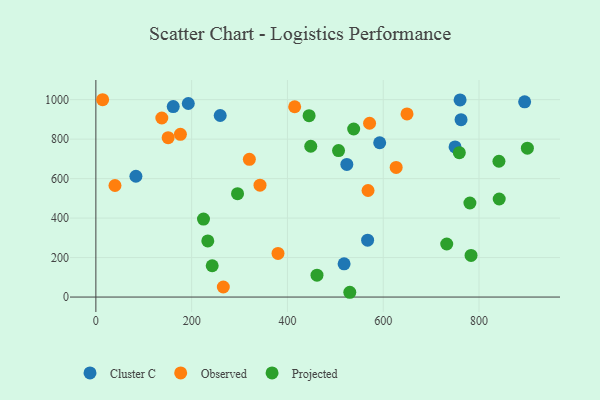
{"axis": {"x": "Ad Spend", "y": "Sales"}, "legend": ["Cluster C", "Observed", "Projected"], "data": [{"x": "259.6", "y": 919.6, "type": "Cluster C"}, {"x": "161.5", "y": 965.1, "type": "Cluster C"}, {"x": "518.3", "y": 168.5, "type": "Cluster C"}, {"x": "760.5", "y": 998.4, "type": "Cluster C"}, {"x": "592.6", "y": 781.7, "type": "Cluster C"}, {"x": "567.4", "y": 288.0, "type": "Cluster C"}, {"x": "193.0", "y": 980.4, "type": "Cluster C"}, {"x": "762.5", "y": 898.5, "type": "Cluster C"}, {"x": "524.0", "y": 672.0, "type": "Cluster C"}, {"x": "895.3", "y": 989.1, "type": "Cluster C"}, {"x": "83.6", "y": 611.9, "type": "Cluster C"}, {"x": "750.0", "y": 760.7, "type": "Cluster C"}, {"x": "150.9", "y": 807.6, "type": "Observed"}, {"x": "627.0", "y": 656.7, "type": "Observed"}, {"x": "649.7", "y": 927.5, "type": "Observed"}, {"x": "415.1", "y": 964.0, "type": "Observed"}, {"x": "320.5", "y": 697.9, "type": "Observed"}, {"x": "176.5", "y": 824.3, "type": "Observed"}, {"x": "14.1", "y": 999.6, "type": "Observed"}, {"x": "571.5", "y": 880.5, "type": "Observed"}, {"x": "380.3", "y": 220.8, "type": "Observed"}, {"x": "266.1", "y": 50.9, "type": "Observed"}, {"x": "39.9", "y": 565.2, "type": "Observed"}, {"x": "568.3", "y": 539.7, "type": "Observed"}, {"x": "342.7", "y": 566.8, "type": "Observed"}, {"x": "137.7", "y": 907.0, "type": "Observed"}, {"x": "445.2", "y": 919.0, "type": "Projected"}, {"x": "224.7", "y": 395.2, "type": "Projected"}, {"x": "901.0", "y": 754.3, "type": "Projected"}, {"x": "783.4", "y": 210.8, "type": "Projected"}, {"x": "295.8", "y": 523.6, "type": "Projected"}, {"x": "530.2", "y": 24.2, "type": "Projected"}, {"x": "506.7", "y": 741.9, "type": "Projected"}, {"x": "242.9", "y": 158.5, "type": "Projected"}, {"x": "448.7", "y": 763.8, "type": "Projected"}, {"x": "538.3", "y": 851.3, "type": "Projected"}, {"x": "233.7", "y": 284.5, "type": "Projected"}, {"x": "781.0", "y": 476.5, "type": "Projected"}, {"x": "461.7", "y": 110.8, "type": "Projected"}, {"x": "732.6", "y": 268.8, "type": "Projected"}, {"x": "841.6", "y": 688.0, "type": "Projected"}, {"x": "842.2", "y": 496.6, "type": "Projected"}, {"x": "758.9", "y": 731.3, "type": "Projected"}]}